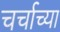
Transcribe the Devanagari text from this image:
चर्चाच्या